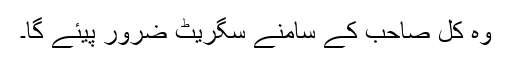
وہ کل صاحب کے سامنے سگریٹ ضرور پیئے گا۔